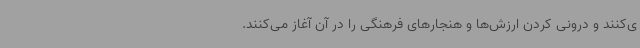
ی‌کنند و درونی کردن ارزش‌ها و هنجارهای فرهنگی را در آن آغاز می‌کنند.